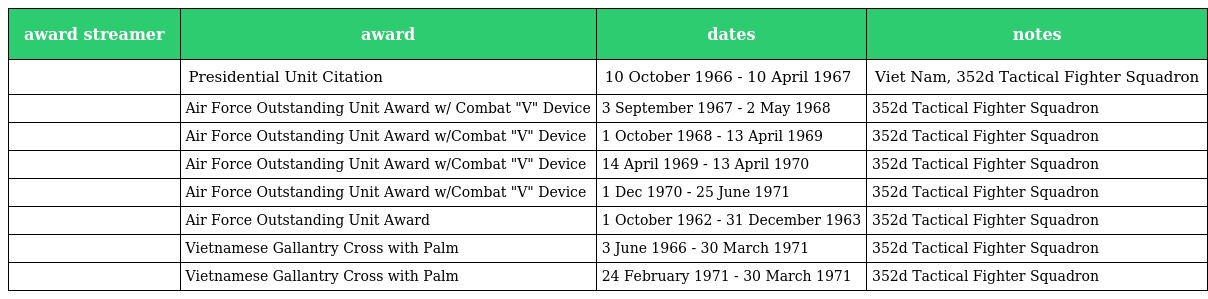
| award streamer | award | dates | notes |
 | --- | --- | --- | --- |
 |  | Presidential Unit Citation | 10 October 1966 - 10 April 1967 | Viet Nam, 352d Tactical Fighter Squadron |
 |  | Air Force Outstanding Unit Award w/ Combat "V" Device | 3 September 1967 - 2 May 1968 | 352d Tactical Fighter Squadron |
 |  | Air Force Outstanding Unit Award w/Combat "V" Device | 1 October 1968 - 13 April 1969 | 352d Tactical Fighter Squadron |
 |  | Air Force Outstanding Unit Award w/Combat "V" Device | 14 April 1969 - 13 April 1970 | 352d Tactical Fighter Squadron |
 |  | Air Force Outstanding Unit Award w/Combat "V" Device | 1 Dec 1970 - 25 June 1971 | 352d Tactical Fighter Squadron |
 |  | Air Force Outstanding Unit Award | 1 October 1962 - 31 December 1963 | 352d Tactical Fighter Squadron |
 |  | Vietnamese Gallantry Cross with Palm | 3 June 1966 - 30 March 1971 | 352d Tactical Fighter Squadron |
 |  | Vietnamese Gallantry Cross with Palm | 24 February 1971 - 30 March 1971 | 352d Tactical Fighter Squadron |